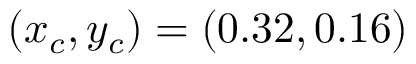
( x _ { c } , y _ { c } ) = ( 0 . 3 2 , 0 . 1 6 )